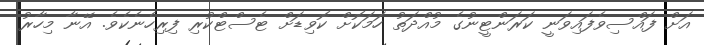
އަށް ފައްސިވެފައިވަނީ ކަރަންޓީނުގެ މުއްދަތު ހަމަކޮށް ކޮވިޑަށް ޓެސްޓްކުރި ފިރިހެނެކެވެ. އޭނާ މިހާރު